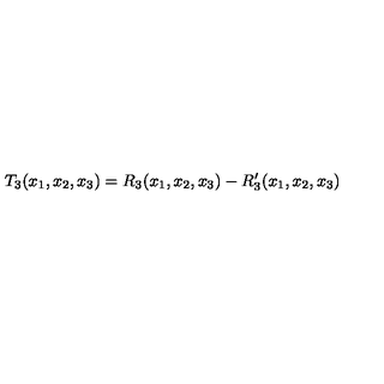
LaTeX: T _ { 3 } ( x _ { 1 } , x _ { 2 } , x _ { 3 } ) = R _ { 3 } ( x _ { 1 } , x _ { 2 } , x _ { 3 } ) - R _ { 3 } ^ { \prime } ( x _ { 1 } , x _ { 2 } , x _ { 3 } )